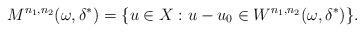
LaTeX: \begin{align*}M^{n_1,n_2}(\omega,\delta^*)=\{u\in X:u-u_0\in W^{n_1,n_2}(\omega,\delta^*)\}.\end{align*}